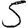
Digit: 5